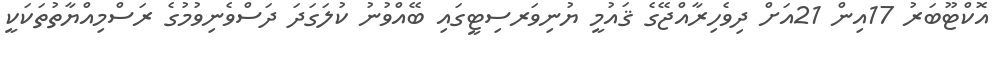
އޮކްޓޫބަރު 17އިން 21އަށް ދިވެހިރާއްޖޭގެ ޤައުމީ ޔުނިވަރސިޓީގައި ބޭއްވުނު ކުލަގަދަ ދަސްވެނިވުމުގެ ރަސްމިއްޔާތުތަކަކީ